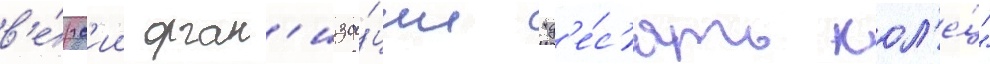
в'е́рс'ии орган'иза́ции "д'е́с'ять кол'е́ц"